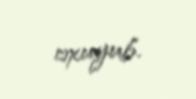
oxuyub.